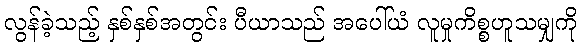
လွန်ခဲ့သည့် နှစ်နှစ်အတွင်း ပီယာသည် အပေါ်ယံ လူမှုကိစ္စဟူသမျှကို